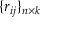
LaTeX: \{ r _ { i j } \} _ { n \times k }